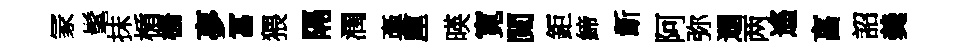
冡髦抹楯栅夣冨猥隔潤稾厘暎寛閲鉅締齗阿弥逥两遙亯詔羮